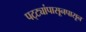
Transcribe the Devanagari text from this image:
पट्ट्यांपासूनपासून